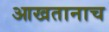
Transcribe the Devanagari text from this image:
आखतानाच